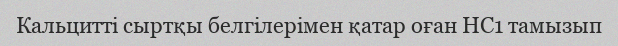
Кальцитті сыртқы белгілерімен қатар оған HC1 тамызып